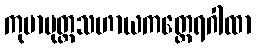
ကုမာပုတ္တသဟာယကတ္ထေရဂါထာ